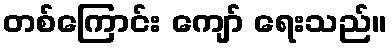
တစ်ကြောင်း ကျော် ရေးသည်။